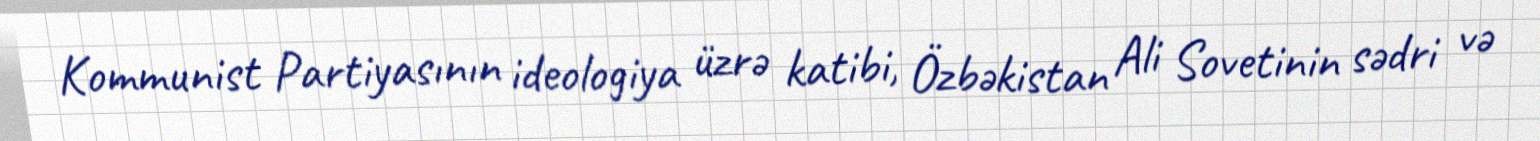
Kommunist Partiyasının ideologiya üzrə katibi, Özbəkistan Ali Sovetinin sədri və